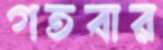
গতবার